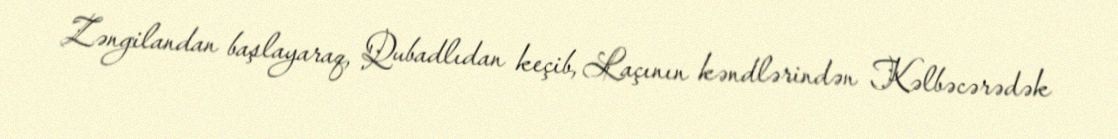
Zəngilandan başlayaraq, Qubadlıdan keçib, Laçının kəndlərindən Kəlbəcərədək